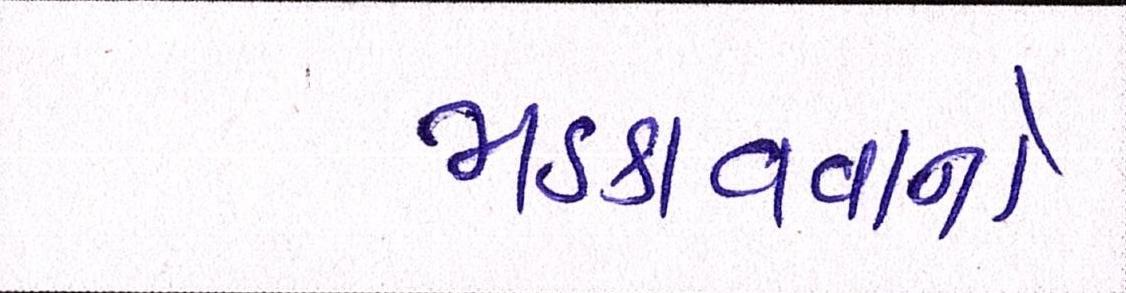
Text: ભડકાવવાનો